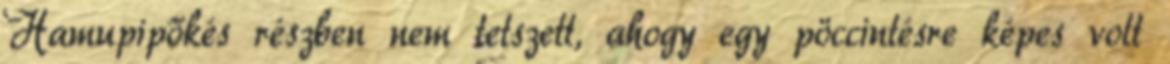
Hamupipőkés részben nem tetszett, ahogy egy pöccintésre képes volt